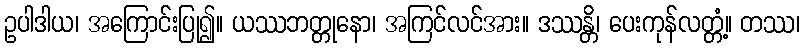
ဥပါဒါယ၊ အကြောင်းပြု၍။ ယဿဘတ္တုနော၊ အကြင်လင်အား။ ဒဿန္တိ၊ ပေးကုန်လတ္တံ့။ တဿ၊